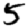
Digit: 5